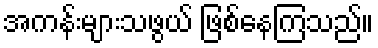
အကန်းများသဖွယ် ဖြစ်နေကြသည်။